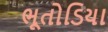
ભૂતોડિયા